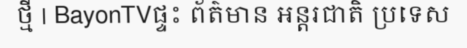
ថ្មី | BayonTVផ្ទះ ព័ត៌មាន អន្តរជាតិ ប្រទេស